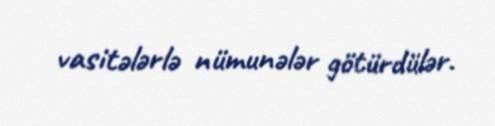
vasitələrlə nümunələr götürdülər.